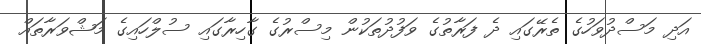
އަދި މަސްދުވަހުގެ ތެރޭގައި ދެ ފަރާތުގެ ވަފުދުތަކުން މިސްރުގެ ގާހިރާގައި ސުލްހައިގެ މަޝްވަރާތައް